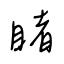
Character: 睹